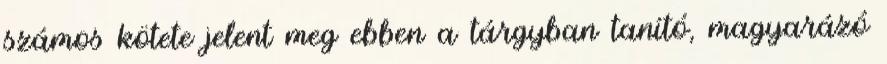
számos kötete jelent meg ebben a tárgyban tanító, magyarázó